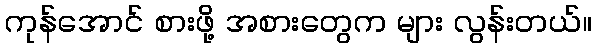
ကုန်အောင် စားဖို့ အစားတွေက များ လွန်းတယ်။